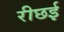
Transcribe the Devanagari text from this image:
रीछई